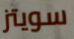
سويتز